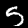
Label: 5